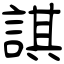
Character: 諆